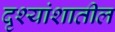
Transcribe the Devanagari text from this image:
दृश्यांशातील